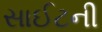
સાઈટની